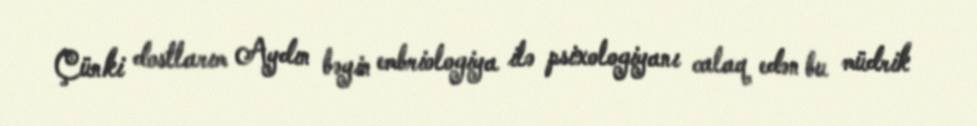
Çünki dostlarım Aydın bəyin embriologiya ilə psixologiyanı calaq edən bu müdrik